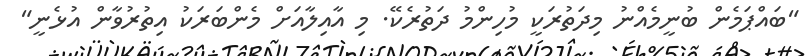
"ބައްޕަމެން ބުނީމެއްނު މިދަތުރަކީ މުހިންމު ދަތުރެކޭ. މި އާއިލާއަށް މެންބަރަކު އިތުރުވާން އުޅެނީ"